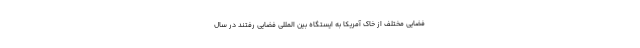
فضایی مختلف از خاک آمریکا به ایستگاه بین المللی فضایی رفتند در سال